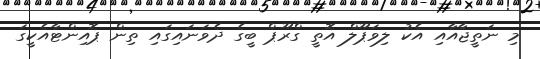
މި ނަތީޖާއާއި އެކު ލިވަޕޫލް އޮތީ ގްރޫޕް ބީގެ ދެވަނައިގައި ތިން ޕޮއިންޓާއެކީގަ